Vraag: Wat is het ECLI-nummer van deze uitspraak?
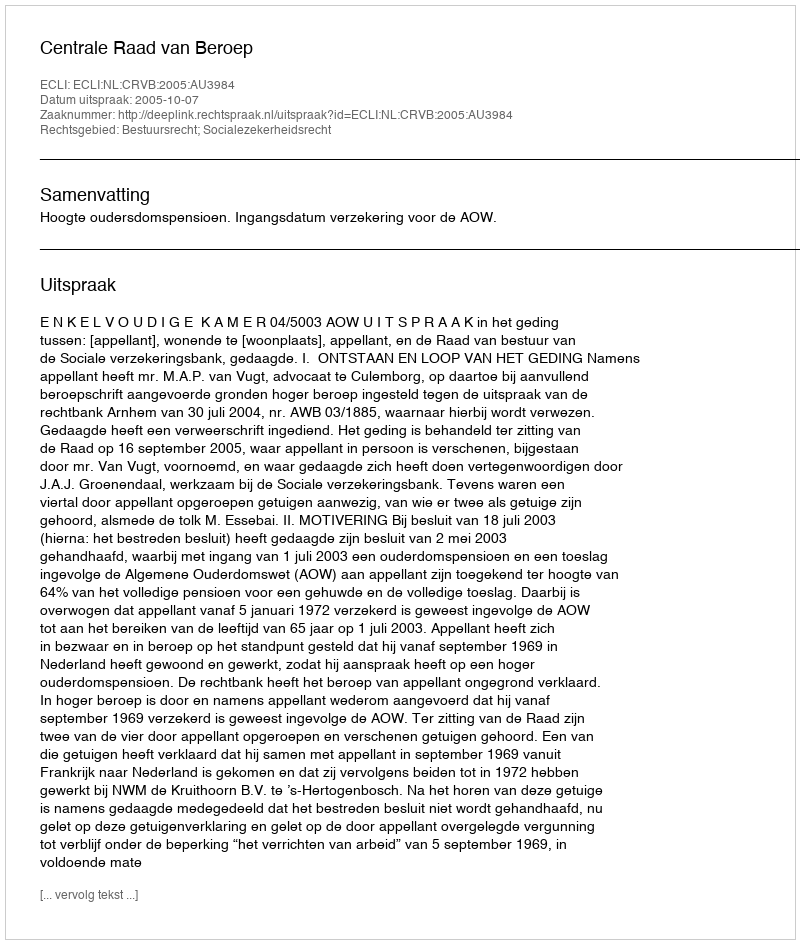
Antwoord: ECLI:NL:CRVB:2005:AU3984